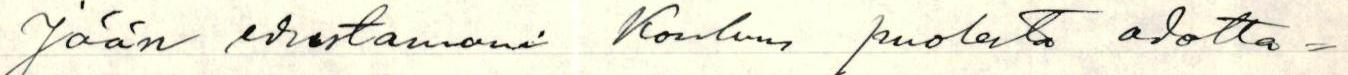
Jään edustamani koulun puolesta odotta=